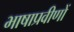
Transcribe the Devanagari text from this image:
भाषाप्रवीणों